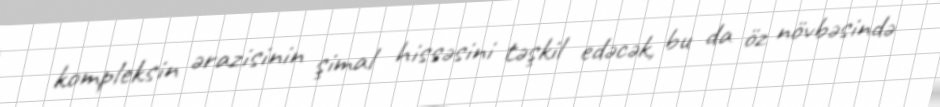
kompleksin ərazisinin şimal hissəsini təşkil edəcək, bu da öz növbəsində